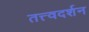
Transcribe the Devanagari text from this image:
तत्त्वदर्शन